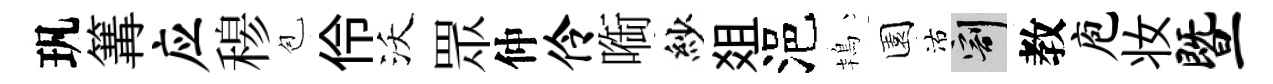
㺬篝应𥠇苞伶沃眾仲伶㗸紗爼浥鴇園沽割教庖妆暨